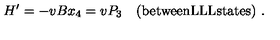
H ^ { \prime } = - v B x _ { 4 } = v P _ { 3 } \quad ( \mathrm { b e t w e e n L L L s t a t e s } ) \ .